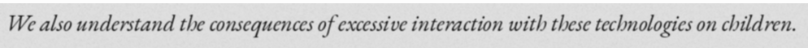
We also understand the consequences of excessive interaction with these technologies on children.